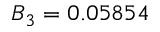
B _ { 3 } = 0 . 0 5 8 5 4